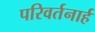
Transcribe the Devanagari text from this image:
परिवर्तनार्ह